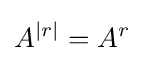
A^{|r|}=A^{r}